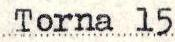
Torna 15